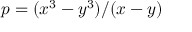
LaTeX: p = ( x ^ { 3 } - y ^ { 3 } ) / ( x - y )